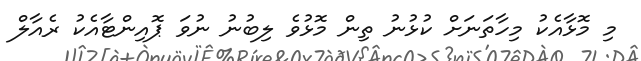
މި މޮޅާއެކު މިހާތަނަށް ކުޅުނު ތިން މޮޅުވެ ލިބުނު ނުވަ ޕޮއިންޓާއެކު ރެއާލް